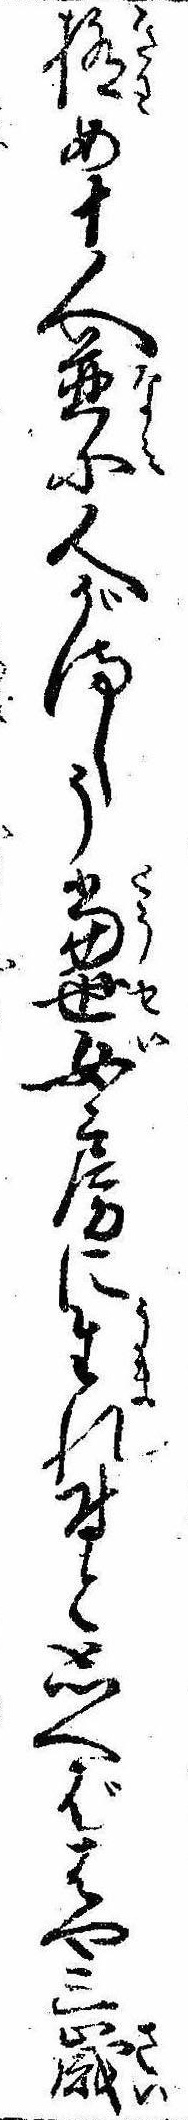
極め十人並に人がましう当世女房に生れ付と思へばはや三歳